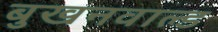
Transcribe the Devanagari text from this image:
बुखनवाल्ड